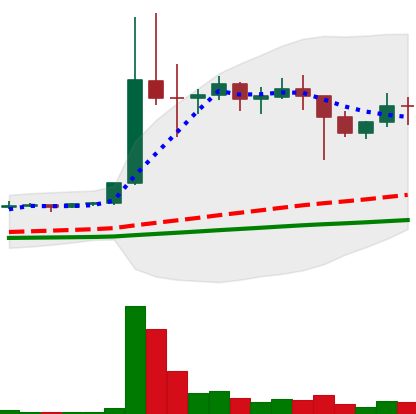
Ticker: DOGE-USD
Chart end date: 2021-01-15
Forward return: -3.298%
Label: down_3_5